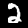
Label: 2